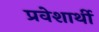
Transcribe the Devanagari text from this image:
प्रवेशार्थी